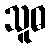
သူဓ